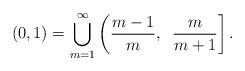
LaTeX: \begin{align*}(0,1)=\bigcup_{m=1}^{\infty}\left({m-1\over m}, \,\right.\left. {m\over m+1}\right].\end{align*}